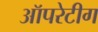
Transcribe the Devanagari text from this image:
ऑपरेटीग